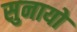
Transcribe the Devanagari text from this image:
सुनायो